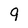
Character: 9